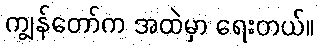
ကျွန်တော်က အထဲမှာ ရေးတယ်။